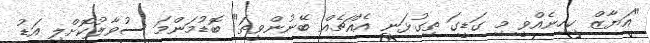
"އަޔާޒް ކިހިނެއްވީ މި ގަޑީގަ ތިގުޅަނީ އެއްޗެއް ބޭނުންވީތަ" ބޮޑުމަންމަ ސުވާލުކޮށްލި އަޑު